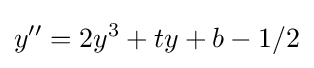
\displaystyle y^{\prime \prime }=2y^{3}+ty+b-1/2